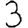
Digit: 3